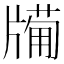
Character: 𤗩